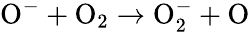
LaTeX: \mathrm{O^{-}+O_{2}\to O_{2}^{-}+O}